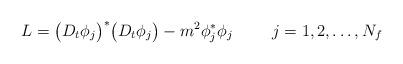
LaTeX: \begin{align*}L=\bigl(D_t\phi_j\bigr)^\ast\bigl(D_t\phi_j\bigr)-m^2\phi_j^\ast\phi_j\hspace{1cm}j=1,2,\dots,N_f\end{align*}